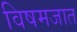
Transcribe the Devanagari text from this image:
विषमजात